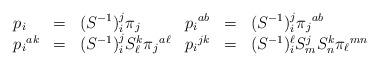
LaTeX: \begin{align*} \begin{array}{llllll} p_i & = & (S^{-1})^j_i\pi_j & p{_i}^{ab} & = & (S^{-1})^j_i\pi{_j}^{ab}\\ p{_i}^{ak} & = & (S^{-1})^j_iS^k_\ell \pi{_j}^{a\ell} & p{_i}^{jk} & = & (S^{-1})^{\ell}_iS^j_{m}S^k_{n} \pi{_\ell}^{mn} \end{array}\end{align*}